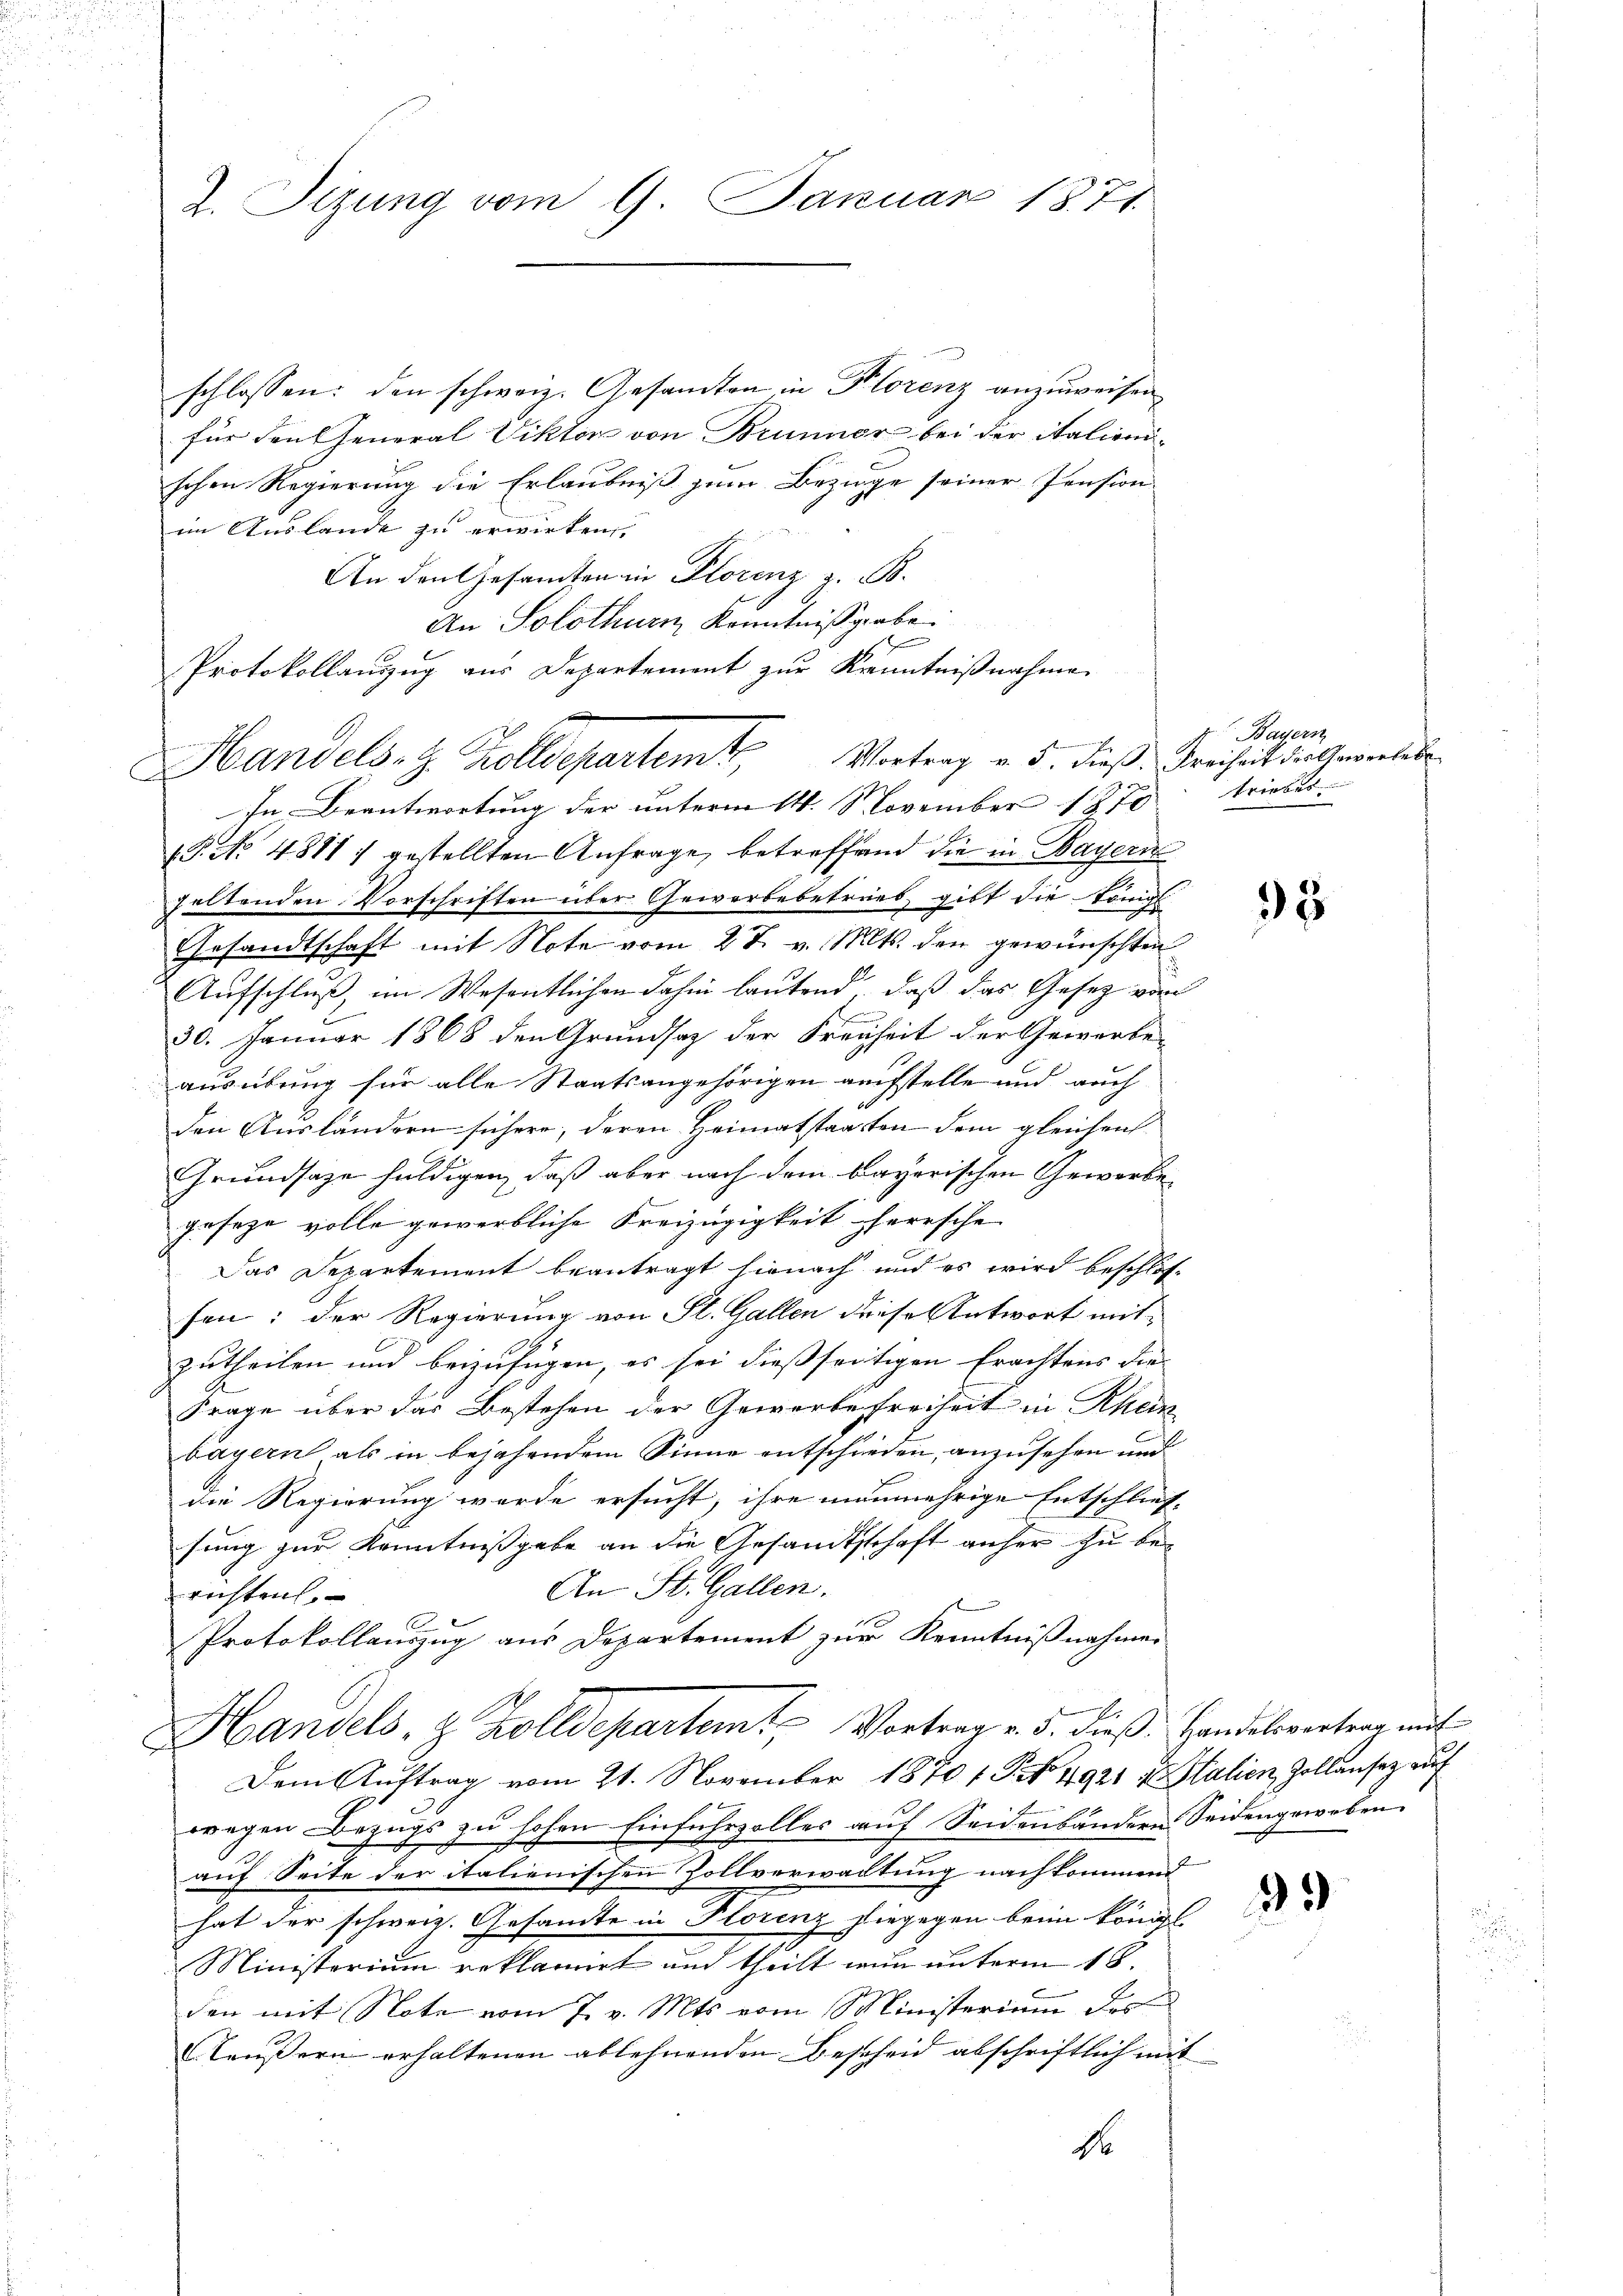
2. Sizung vom 9. Januar 1871.

schlossen: den schweiz. Gesandten in Klorenz anzuweisen
für den General Viktor von Brunner bei der italienischen Regierung die Erlaubniß zum Beziege seiner Pension
im Auslande zu erwirken,
An den Gesamten in Florenz z. B.
An Solothurn, Kenntnißgabe.
Protokollanzug aus Departement zur Kenntnißnahme
i
Vortrag v. 5. dieß. Freiheit des Gewerbebe
18. No 4811 ; gestellten Anfrage, betreffend die in Mayern
seltenden Vorschriften über Gewerbebetrieb, gibt die Königl
Gesandtschaft mit Note vom 27. v. Mts. den gewünschten
Aufschluß, im Wesentlichen dahin lautend, daß das Gesetz vor
30. Januar 1868 den Grundsatz der Freiheit der Gewerbe-
ausübung für alle Staatsangehörigen aufstelle und auch
den Ausländern sichere, deren Heimatstaaten dem gleichen
Grundsaze huldigen, daß aber nach dem bayerischen Gewerbe
gesage volle gewerbliche Kreizügigkeit herrsche
Das Departement beantragt hienach und es wird beschlos-
fen: der Regierung von St. Gallen diese Antwort mit
zutheilen und beizufügen, es sei diessseitigen Erachtens die |
Frage über das Bestehen der Gewerbefreiheit in Rhein
bayern als in bejahendem Sinne entschieden, anzusehen und
die Regierung werde ersucht, ihre manmehrige Entschlies-
sung zur Kenntnißgabe an die Gesandtschaft anher zu be¬
An St. Gallen.
richten.
Protokollauszug aus Departement zur Kenntnißnahmen
Handels- & Zolldepartem Vortrag v. 5. dieß Handelsvertrag mit
Dem Auftrag vom 21. November 1870 f. P. Nr. 4921 u. Stalien, Zollensez auf
wegen Bezugs zu hohen Einfuhrzolles auf Seidenbändern Seidengeweben.
auf Seite der italienischen Zollverwachtung nachkommend
hat der schweiz. Gesandte in Florenz hiegegen beim Königl.
Ministerium reklamirt und theilt nun unterm 18.
den mit Note vom 7. v. Mts. vom Ministerium des
läußern erhaltenen ablehnenden Bescheid abschriftlich mit
4

Handels. z. Zolldepartemt
In Beantwortung der unterm 14. November 1870

Bayern
triebes

95

3